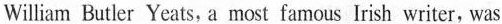
William Butler Yeats, a most famous Irish writer, was